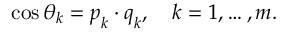
\cos \theta _ { k } = \boldsymbol { p } _ { k } \cdot \boldsymbol { q } _ { k } , \quad k = 1 , \dots , m .